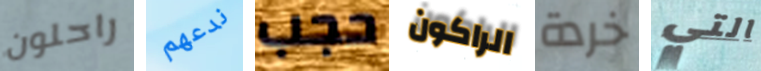
راحلون ندعهم حجب الراكون خردة التي